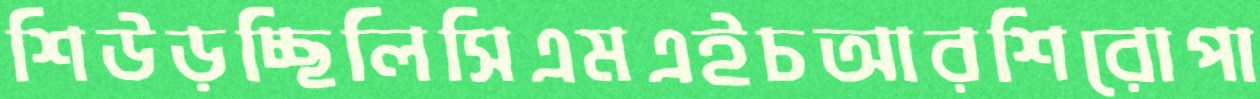
শিউড়চ্ছিলিসিএমএইচআরশিরোপা